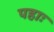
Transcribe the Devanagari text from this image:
पहाः